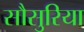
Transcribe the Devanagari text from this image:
सौसुरिया